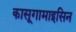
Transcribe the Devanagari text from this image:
कासूगामाइसिन